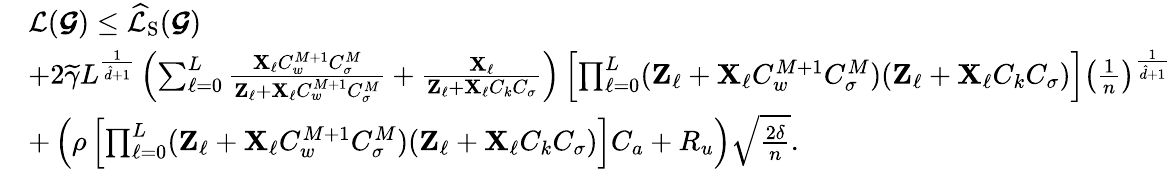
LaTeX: \begin{array}{rl}&{\mathcal{L}(\boldsymbol{\mathcal{G}})\leq\widehat{\mathcal{L}}_{\mathrm{S}}(\boldsymbol{\mathcal{G}})}\\ &{+2\widetilde{\gamma}L^{\frac{1}{\hat{d}+1}}\left(\sum_{\ell=0}^{L}\frac{\boldsymbol{\mathrm{X}}_{\ell}C_{w}^{M+1}C_{\sigma}^{M}}{\boldsymbol{\mathrm{Z}}_{\ell}+\boldsymbol{\mathrm{X}}_{\ell}C_{w}^{M+1}C_{\sigma}^{M}}+\frac{\boldsymbol{\mathrm{X}}_{\ell}}{\boldsymbol{\mathrm{Z}}_{\ell}+\boldsymbol{\mathrm{X}}_{\ell}C_{k}C_{\sigma}}\right)\left[\prod_{\ell=0}^{L}(\boldsymbol{\mathrm{Z}}_{\ell}+\boldsymbol{\mathrm{X}}_{\ell}C_{w}^{M+1}C_{\sigma}^{M})(\boldsymbol{\mathrm{Z}}_{\ell}+\boldsymbol{\mathrm{X}}_{\ell}C_{k}C_{\sigma})\right]\left(\frac{1}{n}\right)^{\frac{1}{\hat{d}+1}}}\\ &{+\left(\rho\left[\prod_{\ell=0}^{L}(\boldsymbol{\mathrm{Z}}_{\ell}+\boldsymbol{\mathrm{X}}_{\ell}C_{w}^{M+1}C_{\sigma}^{M})(\boldsymbol{\mathrm{Z}}_{\ell}+\boldsymbol{\mathrm{X}}_{\ell}C_{k}C_{\sigma})\right]C_{a}+R_{u}\right)\sqrt{\frac{2\delta}{n}}.}\end{array}